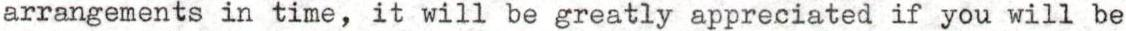
arrangements in time, it will be greatly appreciated if you will be